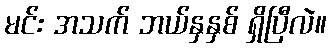
မင်း အသက် ဘယ်နှနှစ် ရှိပြီလဲ။